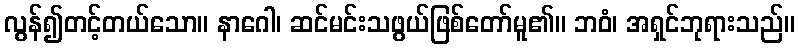
လွန်၍တင့်တယ်သော။ နာဂေါ၊ ဆင်မင်းသဖွယ်ဖြစ်တော်မူ၏။ ဘဝံ၊ အရှင်ဘုရားသည်။